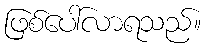
ဖြစ်ပေါ်လာရသည်။